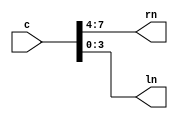
module nibble_converter(rn,ln,c);
  input [7:0] c;
  output [3:0] rn,ln;
  assign rn=c[7:4];
  assign ln=c[3:0];
endmodule // nibble_converter